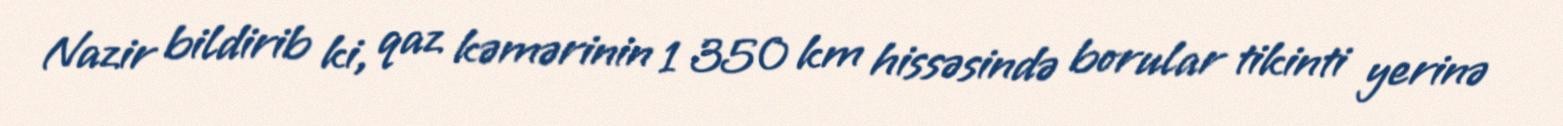
Nazir bildirib ki, qaz kəmərinin 1 350 km hissəsində borular tikinti yerinə